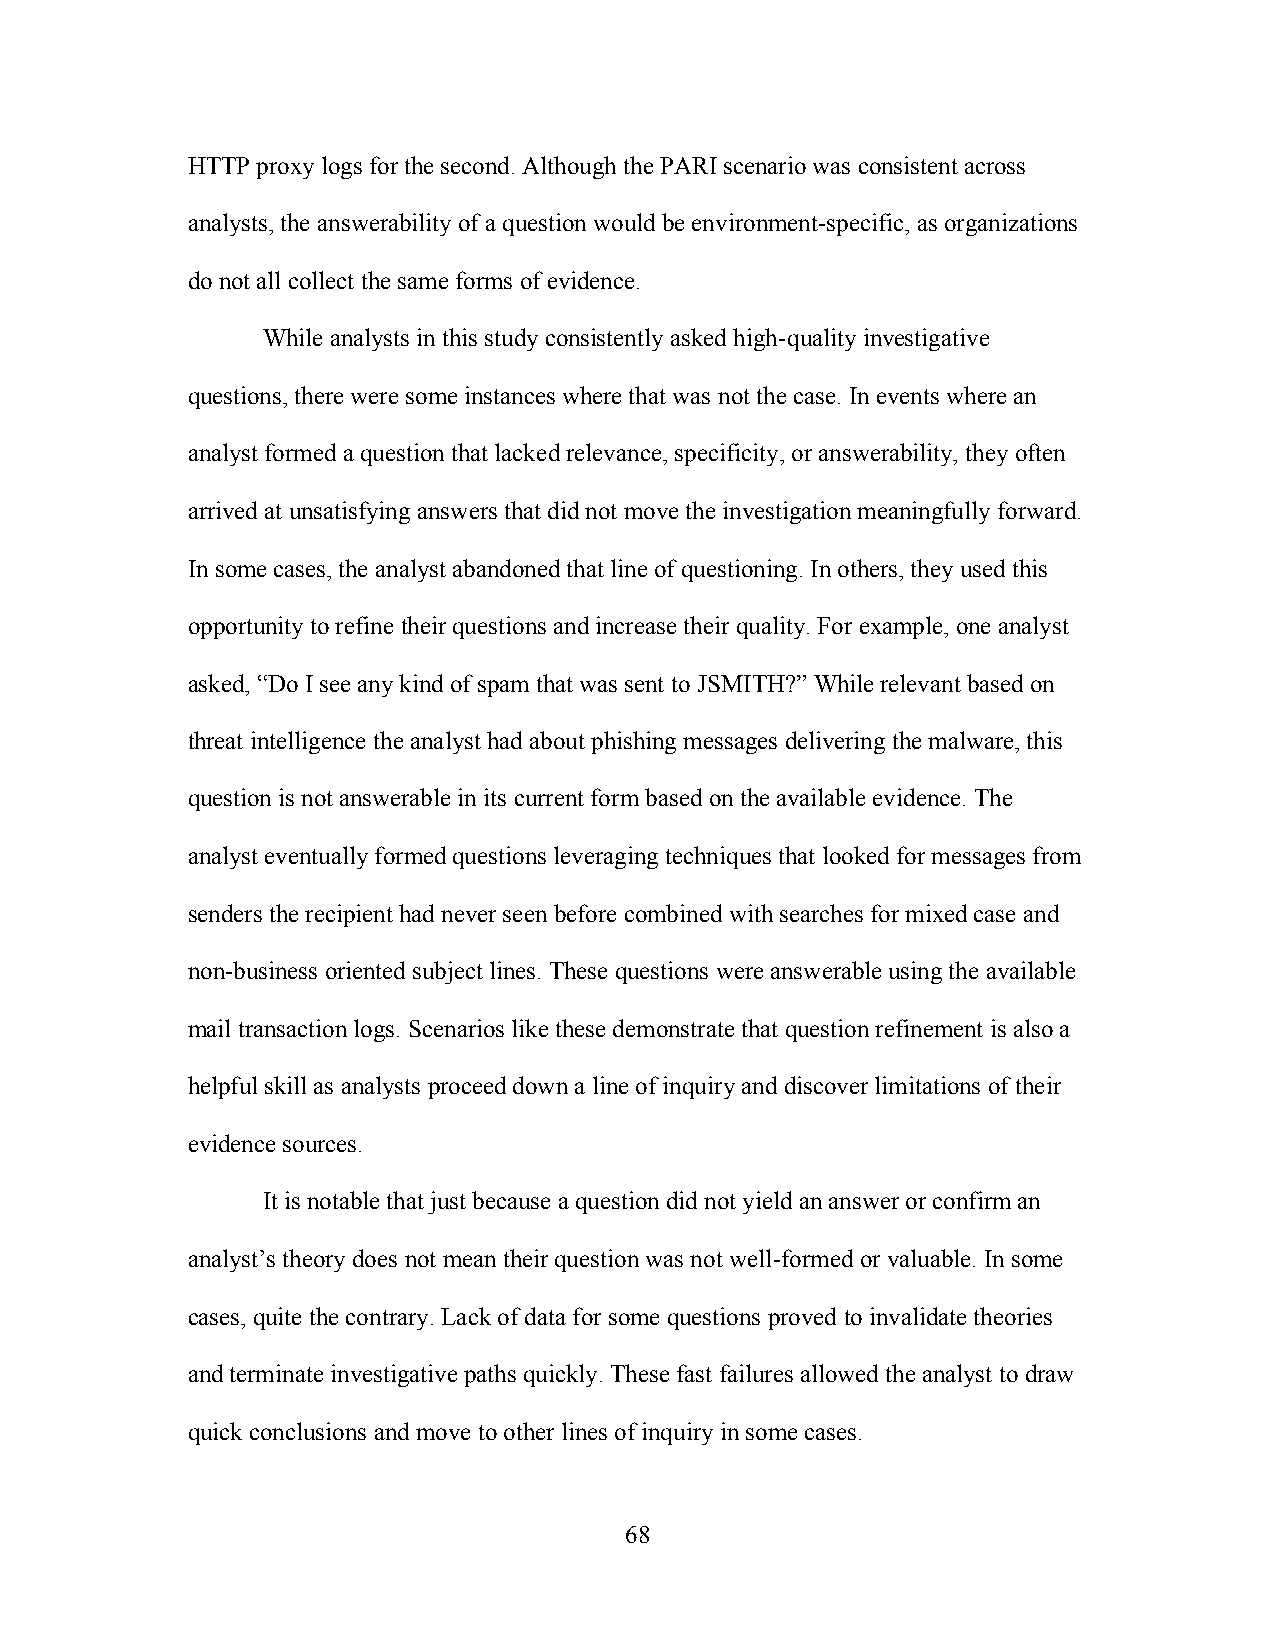
HTTP proxy logs for the second. Although the PARI scenario was consistent across
 analysts, the answerability of a question would be environment-specific, as organizations
 do not all collect the same forms of evidence.
 While analysts in this study consistently asked high-quality investigative
 questions, there were some instances where that was not the case. In events where an
 analyst formed a question that lacked relevance, specificity, or answerability, they often
 arrived at unsatisfying answers that did not move the investigation meaningfully forward.
 In some cases, the analyst abandoned that line of questioning. In others, they used this
 opportunity to refine their questions and increase their quality. For example, one analyst
 asked, “Do I see any kind of spam that was sent to JSMITH?” While relevant based on
 threat intelligence the analyst had about phishing messages delivering the malware, this
 question is not answerable in its current form based on the available evidence. The
 analyst eventually formed questions leveraging techniques that looked for messages from
 senders the recipient had never seen before combined with searches for mixed case and
 non-business oriented subject lines. These questions were answerable using the available
 mail transaction logs. Scenarios like these demonstrate that question refinement is also a
 helpful skill as analysts proceed down a line of inquiry and discover limitations of their
 evidence sources.
 It is notable that just because a question did not yield an answer or confirm an
 analyst’s theory does not mean their question was not well-formed or valuable. In some
 cases, quite the contrary. Lack of data for some questions proved to invalidate theories
 and terminate investigative paths quickly. These fast failures allowed the analyst to draw
 quick conclusions and move to other lines of inquiry in some cases.
 68